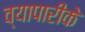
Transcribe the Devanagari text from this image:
व्‍यापारीके